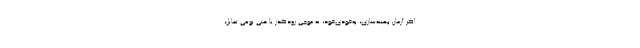
اگر آرمان بهینه‌سازی، به‌خودیِ‌خود، نه موجی زودگذر یا حتی نوعی تمایل،